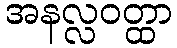
အနလ္လဝတ္ထာ